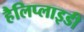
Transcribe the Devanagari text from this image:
हैलिप्लाइडी